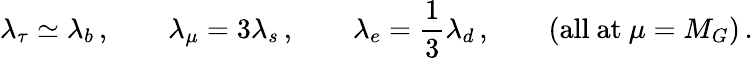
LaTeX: \lambda_{\tau}\simeq\lambda_{b}\, ,\qquad\lambda_{\mu}=3\lambda_{s}\, ,\qquad\lambda_{e}={\frac{1}{3}}\lambda_{d}\, ,\qquad(\mathrm{all\ at}\ \mu=M_{G})\, .